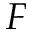
F